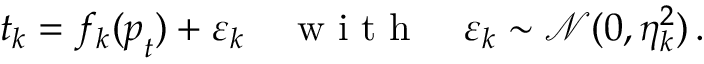
t _ { k } = f _ { k } ( \boldsymbol { p } _ { t } ) + \varepsilon _ { k } \quad \mathrm { ~ w ~ i ~ t ~ h ~ } \quad \varepsilon _ { k } \sim \mathcal { N } ( 0 , \eta _ { k } ^ { 2 } ) \, .